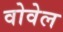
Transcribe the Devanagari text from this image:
वोवेल